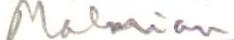
Malmian